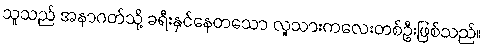
သူသည် အနာဂတ်သို့ ခရီးနှင်နေတသော လူသားကလေးတစ်ဦးဖြစ်သည်။